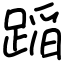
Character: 𨂻